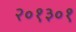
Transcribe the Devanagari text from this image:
२०१३०१